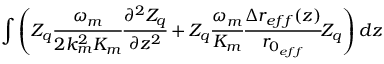
\int \left( Z _ { q } \cfrac { \omega _ { m } } { 2 k _ { m } ^ { 2 } K _ { m } } \cfrac { \partial ^ { 2 } Z _ { q } } { \partial z ^ { 2 } } + Z _ { q } \cfrac { \omega _ { m } } { K _ { m } } \cfrac { \Delta r _ { e f f } ( z ) } { r _ { 0 _ { e f f } } } Z _ { q } \right) d z